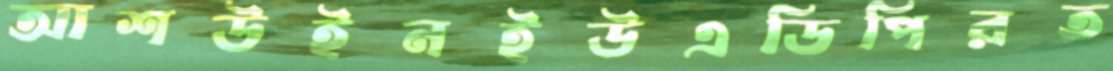
আশউইনইউএডিপিরত